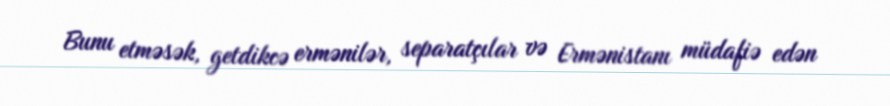
Bunu etməsək, getdikcə ermənilər, separatçılar və Ermənistanı müdafiə edən